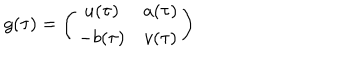
LaTeX: g ( \tau ) = \left( \begin{array} { c c } { { u ( \tau ) } } & { { a ( \tau ) } } \\ { { - b ( \tau ) } } & { { v ( \tau ) } } \\ \end{array} \right)